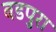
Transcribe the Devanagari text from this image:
बडपुरा